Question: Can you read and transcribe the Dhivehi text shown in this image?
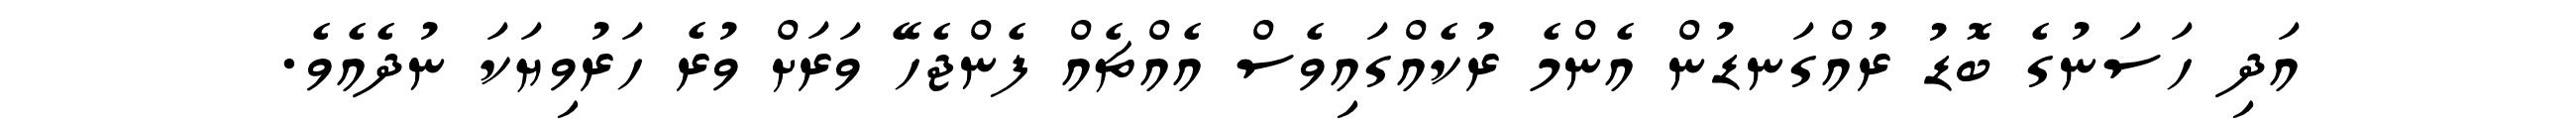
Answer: އަދި ހަސަނުގެ ބޮޑު ރުއްގަނޑުން އެންމެ ރުކެއްގައިވެސް އެއްޗެއް ފެންޖެހޭ ވަރަށް ވުރެ ހަރުވިޔަކަ ނުދެއެވެ.